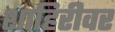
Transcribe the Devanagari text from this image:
शाहिरीवर